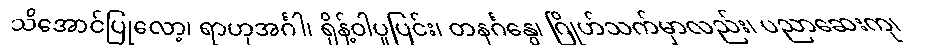
သိအောင်ပြုလော့၊ ရာဟုအင်္ဂါ၊ ရှိန့်ဝါပူပြင်း၊ တနင်္ဂနွေ၊ ဂြိုဟ်သက်မှာလည်း၊ ပညာဆေးကု၊